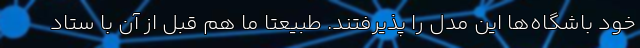
خود باشگاه‌ها این مدل را پذیرفتند. طبیعتاً ما هم قبل از آن با ستاد